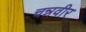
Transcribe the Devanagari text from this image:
चन्नवीर